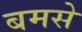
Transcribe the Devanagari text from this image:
बमसे